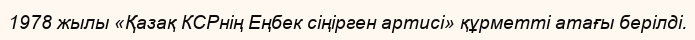
1978 жылы «Қазақ КСРнің Еңбек сіңірген артисі» құрметті атағы берілді.